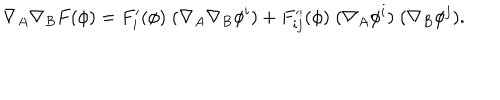
\nabla _ { A } \nabla _ { B } F ( \phi ) = F _ { i } ^ { \prime } ( \phi ) \; ( \nabla _ { A } \nabla _ { B } \phi ^ { i } ) + F _ { i j } ^ { \prime \prime } ( \phi ) \; ( \nabla _ { A } \phi ^ { i } ) \; ( \nabla _ { B } \phi ^ { j } ) .